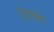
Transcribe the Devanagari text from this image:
पुलहके